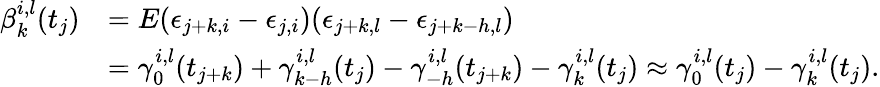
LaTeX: \begin{array}{rl}{\beta_{k}^{i,l}(t_{j})}&{=E(\epsilon_{j+k,i}-\epsilon_{j,i})(\epsilon_{j+k,l}-\epsilon_{j+k-h,l})}\\ &{=\gamma_{0}^{i,l}(t_{j+k})+\gamma_{k-h}^{i,l}(t_{j})-\gamma_{-h}^{i,l}(t_{j+k})-\gamma_{k}^{i,l}(t_{j})\approx\gamma_{0}^{i,l}(t_{j})-\gamma_{k}^{i,l}(t_{j}).}\end{array}